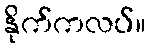
နိုက်ကလပ်။